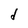
Character: d